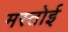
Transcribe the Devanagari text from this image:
मस्तोई